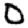
Digit: 0